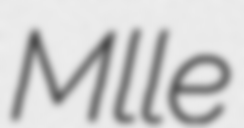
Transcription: Mlle